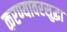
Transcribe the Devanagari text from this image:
करण्यावरसुद्धा